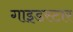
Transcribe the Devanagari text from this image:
गाइडस्टार